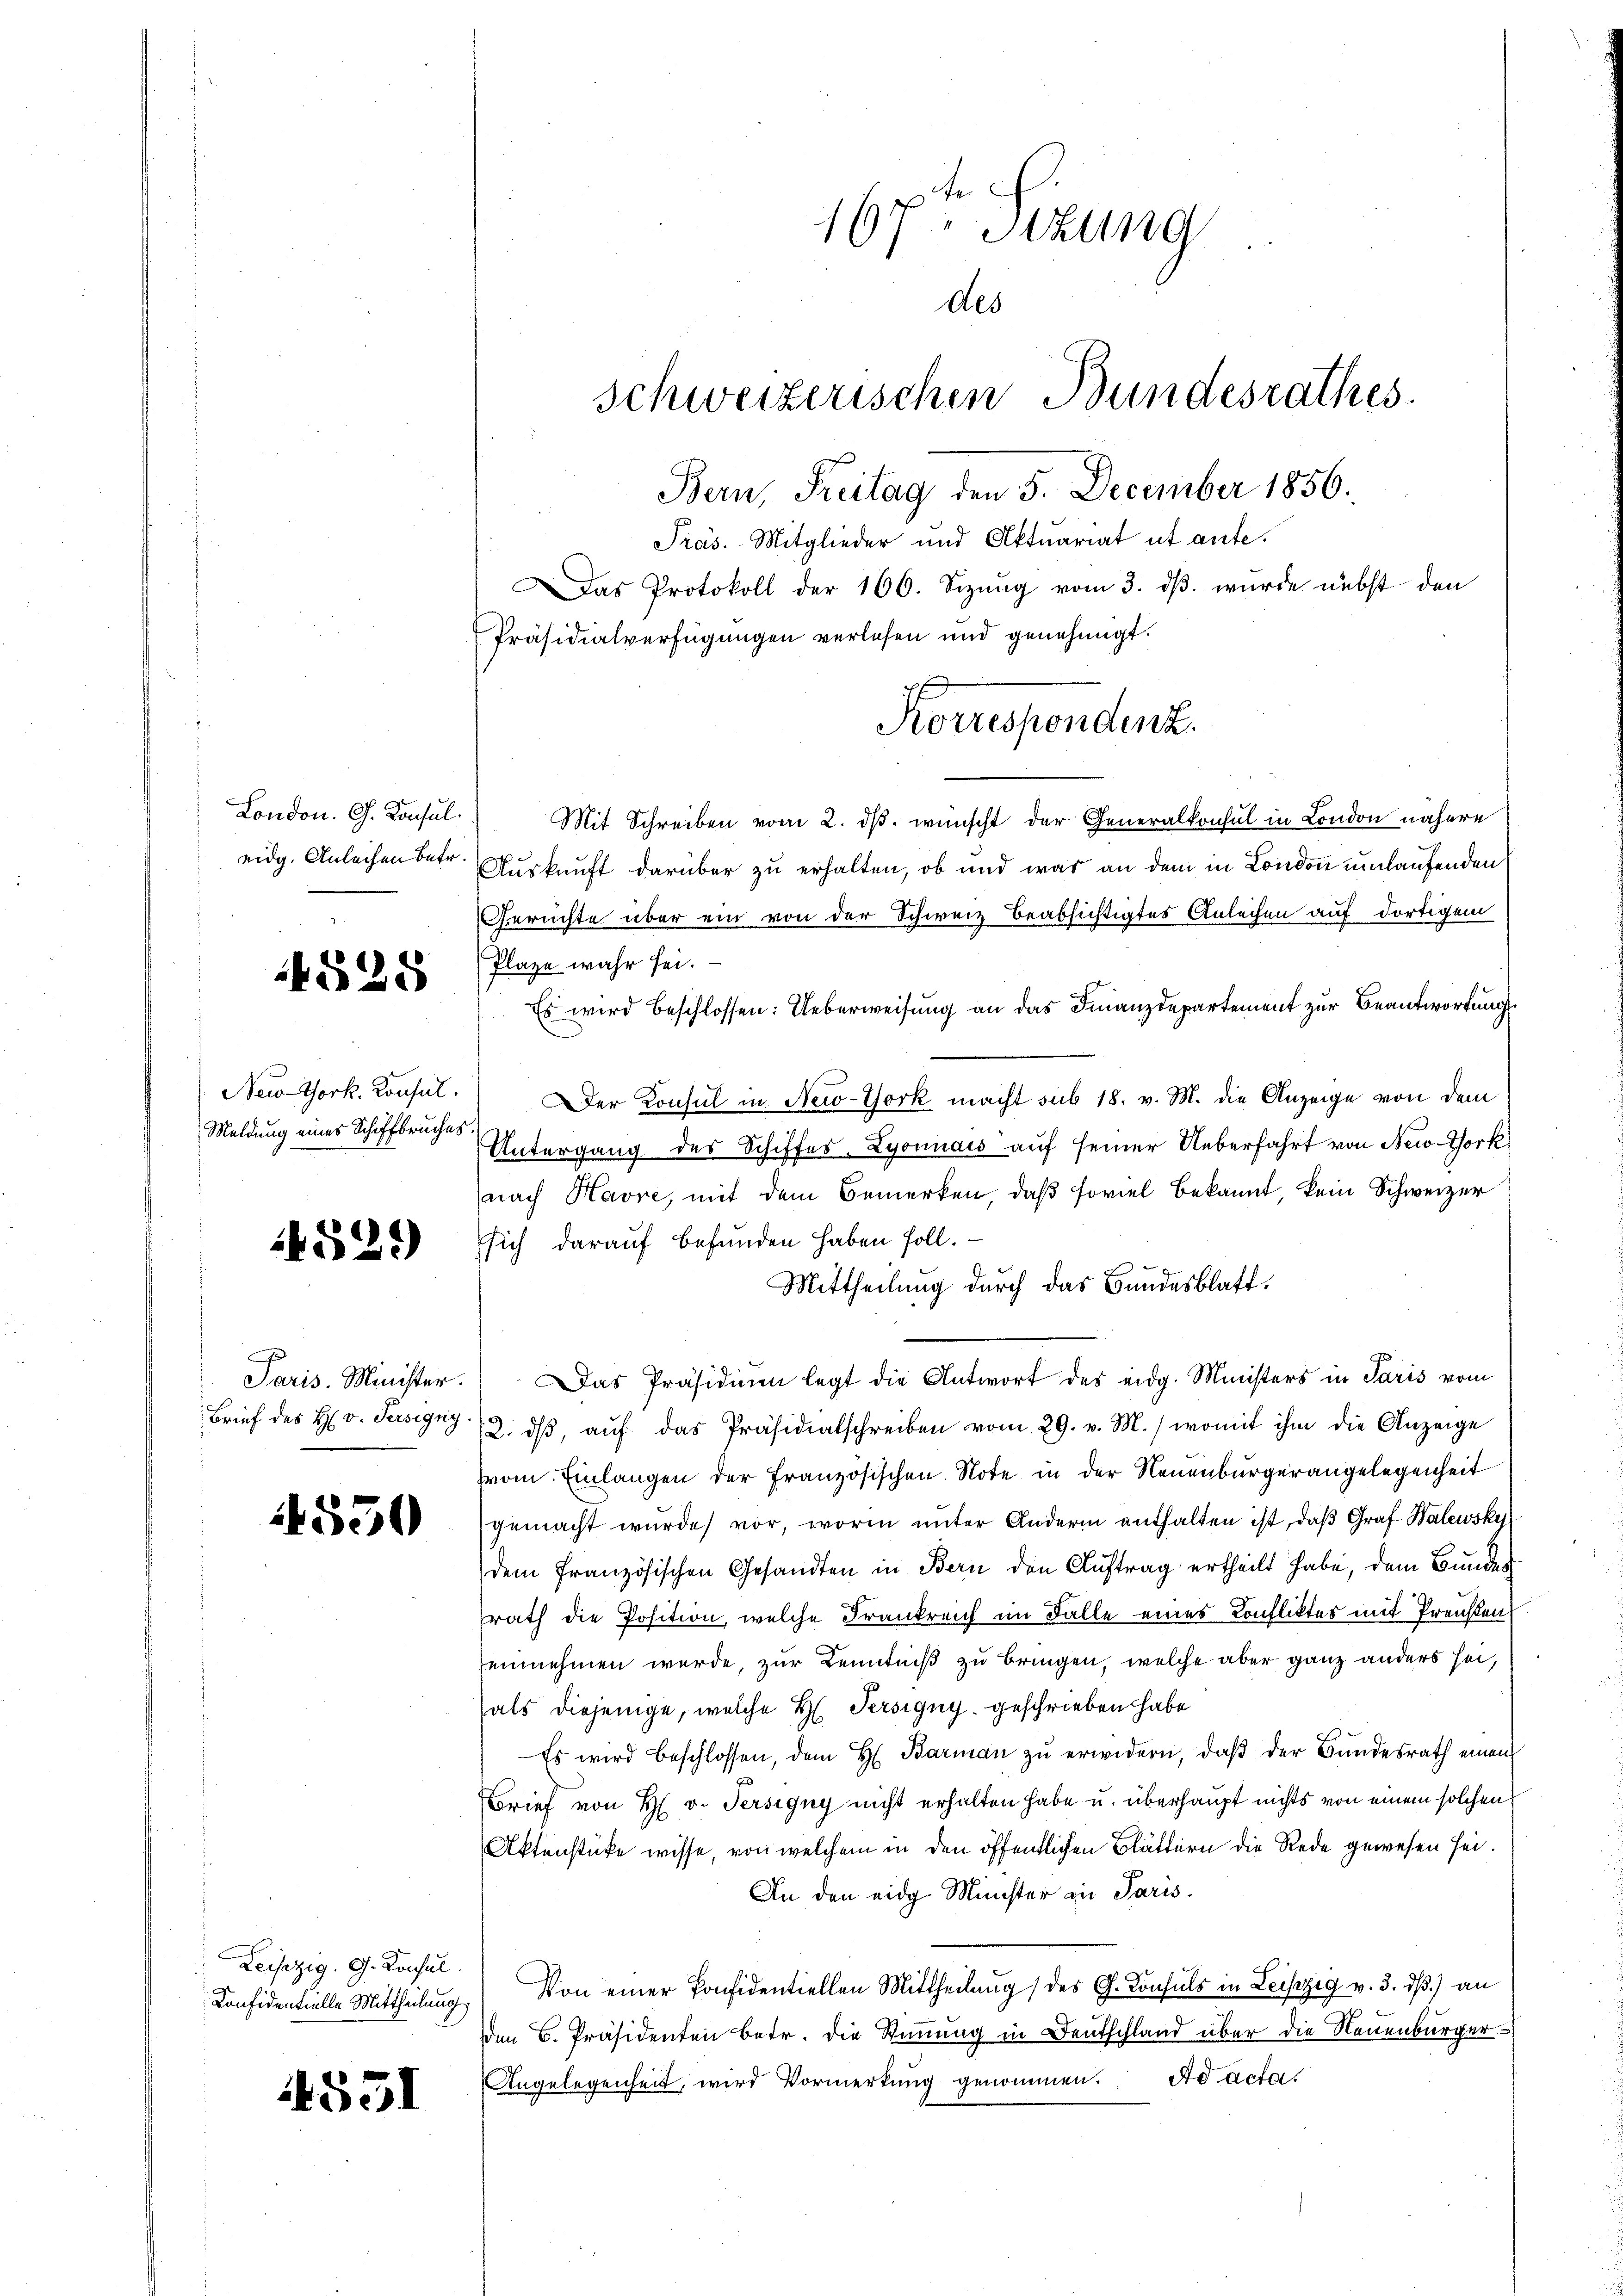
London. G. Konsul
eidg. Anleihen betr.

525

New-York. Konsul.
Meldung eines Schiffbruches

4529

Paris. Minister.
Brief des H. v. Persigny

4550

Leipzig, G. Konsul
Confidentielle Mittheilung

4551

167. Sitzung
des
schweizerischen Bundesrathes.
Bern, Freitag den 5. December 1856.
Präs. Mitglieder und Aktuariat ut ante.
Das Protokoll der 166. Sizung vom 3. dβ. wurde nebst den
Präsidialverfügungen verlesen und genehmigt.

Mit Schreiben vom 2. dβ. wünscht der Generalkonsul in London nähere
Auskunft darüber zu erhalten, ob und was an dem in London umlaufenden
Gerichte über ein von der Schweiz beabsichtigtes Anleihen auf dortigem
Plaze wahr sei.
Es wird beschlossen: Ueberweisung an das Finanzdepartement zur Beantwortung
 Der Konsul in New-York macht sub 18. v. M. die Anzeige von dem
Untergang des Schiffes. Lyonnais aŭf seiner Ueberfahrt von New-York
nach Havre, mit dem Bemerken, daß soviel bekannt, kein Schweizer
sich darauf befunden haben soll.
Mittheilung durch das Bundesblatt.
Das Präsidium legt die Antwort des eidg. Ministers in Paris vom
12. dβ aŭf das Präsidialschreiben vom 29. v. M., womit ihm die Anzeige
vom Einlangen der französischen Note in der Neuenburgerangelegenheit
gemacht wurde vor, worin unter Andern enthalten ist, daß Graf Walewsky
dem französischen Gesandten in Bern den Auftrag ertheilt habe, dem Bundes
rath die Position, welche Frankreich im Falle eines Confliktes mit Preußen
einnehmen werde, zur Kenntniß zu bringen, welche aber ganz anders sei,
als diejenige, welche H. Persigny geschrieben habe
Es wird beschlossen, dem H. Barmaṅ zŭ erwidern, daβ der Bŭndesrath einen
Brief von H. v. Persigny nicht erhalten habe u. überhaupt nichts von einem solchen
Aktenstüke wisse, von welchem in den öffentlichen Blättern die Rede gewesen sei.
An den eidg Minister an Paris.
Von einer Ponfidentiellen Mittheilung des G. Konsuls in Leipzig v. 3. dß.) an
Den B. Präsidenten betr. die Stimmung in Deutschland über die Neuenburger¬
Angelegenheit, wird Vormerkung genommen. Ad acta.

Korrespondenz.